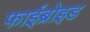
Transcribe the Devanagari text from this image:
फाईब्रोइड